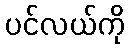
ပင်လယ်ကို